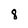
Character: 8